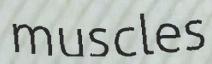
muscles